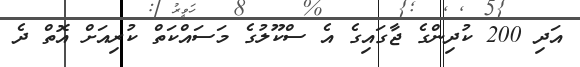
އަދި 200 ކުދިންގެ ޖާގައިގެ އެ ސްކޫލުގެ މަސައްކަތް ކުރިއަށް އޮތް ދެ